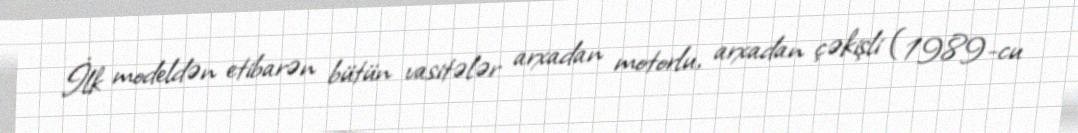
İlk modeldən etibarən bütün vasitələr arxadan motorlu, arxadan çəkişli (1989-cu